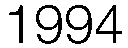
1994